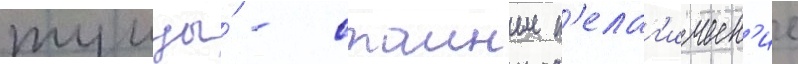
тунцы́ - стаиные п'елаг'ическ'ие